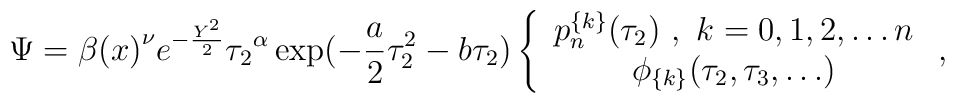
\Psi={\beta(x)}^{\nu} e^{-\frac{Y^2}{2}}{\tau_2}^{\alpha}\exp(-\frac{a}{2}\tau_2^2-b\tau_2)\left\{\begin{array}{c}p_n^{\{k\}} (\tau_2)\ ,\ k=0,1,2,\ldots n\\\phi_{\{k\}} (\tau_2,\tau_3,\ldots)\end{array}\ ,\right.